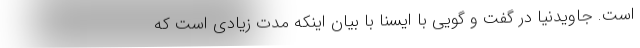
است. جاویدنیا در گفت و گویی با ایسنا با بیان اینکه مدت زیادی است که